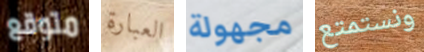
متوقع العبارة مجهولة ونستمتع